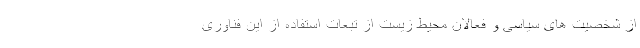
از شخصیت های سیاسی و فعالان محیط زیست از تبعات استفاده از این فناوری